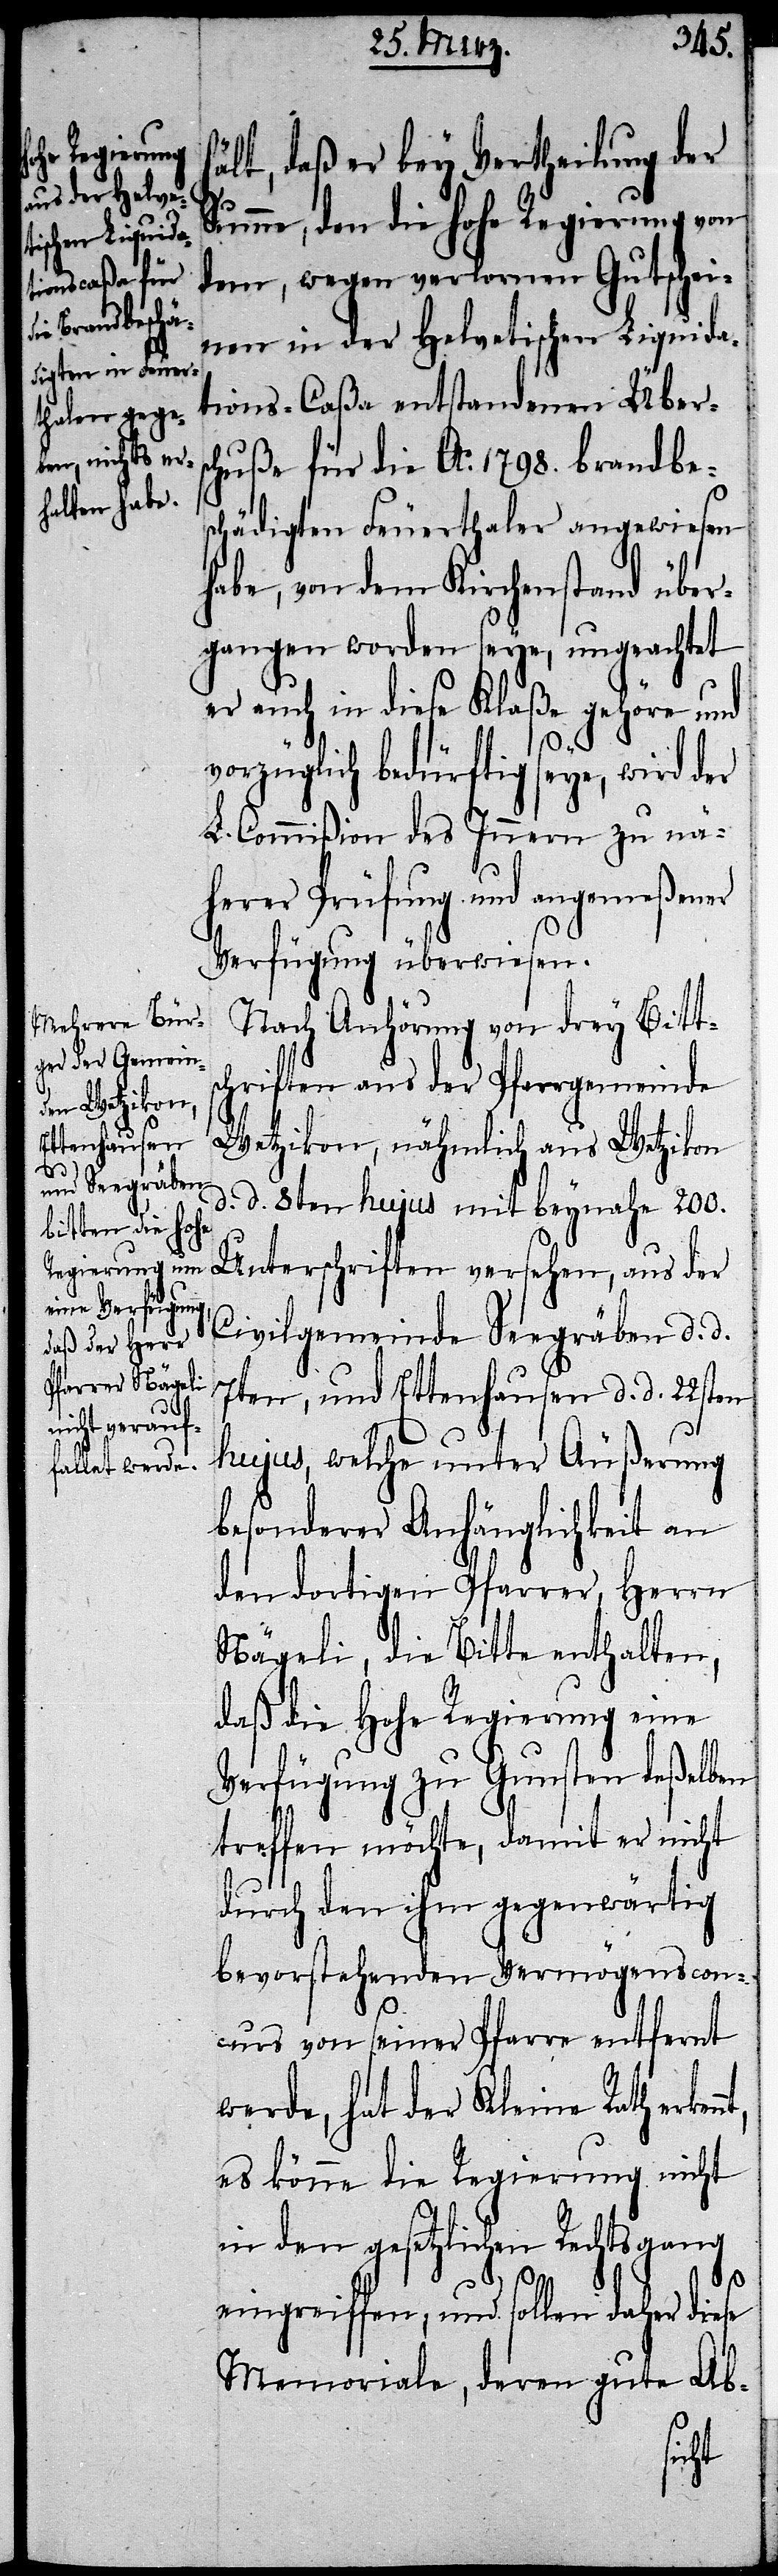
nnt,

ält, daß er bey Vertheilung der
h¬
Summe, den die hohe Regierung von
dem, wegen verlornen Gutschei¬
nen in der Helvetischen Liquida¬
tions-Caßa entstandenen Übers¬
chuße für die Ao. 1798. brandbes¬
chädigten Feuerthaler angewiesen
habe, von dem Kirchenstand über¬
gangen worden seye, ungeachtet
er auch in diese Klaße gehöre und
vorzüglich bedürftig seye, wird der
L. Commißion des Innern zu nä¬
herer Prüfung und angemeßen¬
Verfügung überwiesen.
Nach Anhörung von drey Bitts¬
chriften aus der Pfarrgemeinde
Wetzikon, nähmlich aus Wetzikon
d. d. 8ten hujus mit beynahe 200.
Unterschriften versehen, aus der
Civilgemeinde Seegräben d. d.
7ten, und Ettenhausen d. d. 22sten
hujus, welche unter Äußerung
besonderer Anhänglichkeit an
den dortigen Pfarrer, Herrn
Nägeli, die Bitte enthalten,
daß die Hohe Regierung eine
Verfügung zu Gunsten deßelben
treffen möchte, damit er nicht
durch den ihm gegenwärtig
bevorstehenden Vermögenscon¬
curs von seiner Pfarre entfernt
werde, hat der Kleine Rath erke¬
es könne die Regierung nicht
in den gesetzlichen Rechtsgang
eingreiffen; und sollen daher diese
Memoriale, deren gute Ab-